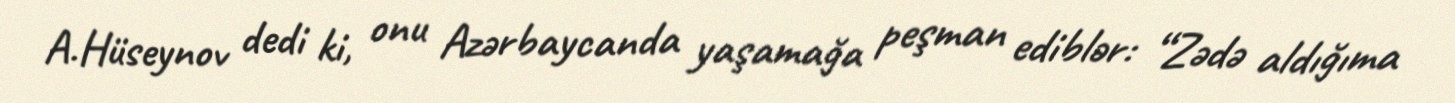
A.Hüseynov dedi ki, onu Azərbaycanda yaşamağa peşman ediblər: “Zədə aldığıma